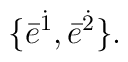
\{\bar{e}^{\dot{1}}, \bar{e}^{\dot{2}}\}.